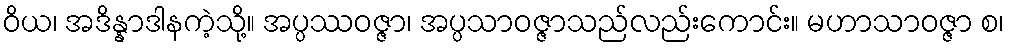
ဝိယ၊ အဒိန္နာဒါနကဲ့သို့။ အပ္ပဿဝဇ္ဇာ၊ အပ္ပသာဝဇ္ဇာသည်လည်းကောင်း။ မဟာသာဝဇ္ဇာ စ၊